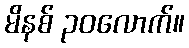
မိနစ် ၃၀လောက်။